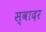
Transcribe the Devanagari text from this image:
स्वादर